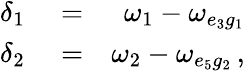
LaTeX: \begin{array}{rlr}{\delta_{1}}&{{}=}&{\omega_{1}-\omega_{e_{3}g_{1}}}\\ {\delta_{2}}&{{}=}&{\omega_{2}-\omega_{e_{5}g_{2}}\, ,}\end{array}